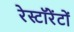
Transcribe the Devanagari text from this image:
रेस्टॉरेंटों